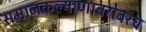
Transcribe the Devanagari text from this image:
समाजकल्याणाबरोबरच